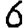
Digit: 6